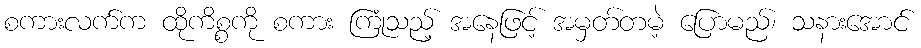
စကားလက်က ထိုကိစ္စကို စကား ကြုံသည့် အနေဖြင့် အမှတ်တမဲ့ ပြောမည်၊ သနားအောင်